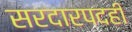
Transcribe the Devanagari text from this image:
सरदारपदही